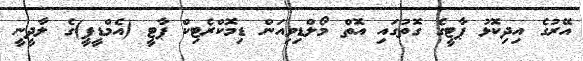
އޭރުގެ އިދިކޮޅު ޕާޓީގެ ގޮތުގައި އޮތް މޯލްޑިވިއަން ޑިމޮކްރެޓިކް ޕާޓީ (އެމްޑީޕީ)ގެ ލާދީނީ